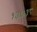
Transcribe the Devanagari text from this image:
१३७३८